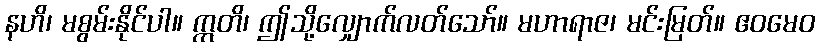
နဟိ၊ မစွမ်းနိုင်ပါ။ ဣတိ၊ ဤသို့လျှောက်လတ်သော်။ မဟာရာဇ၊ မင်းမြတ်။ ဧဝမေဝ